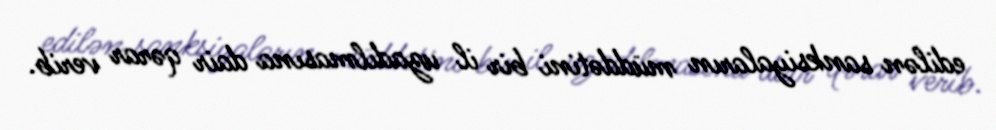
edilən sanksiyaların müddətini bir il uzadılmasına dair qərar verib.